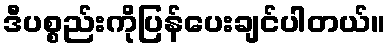
ဒီပစ္စည်းကိုပြန်ပေးချင်ပါတယ်။